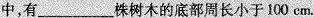
中，有___株树木的底部周长小于100cm。